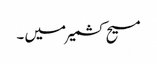
مسیح کشمیر میں ۔